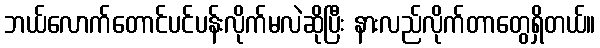
ဘယ်လောက်တောင်ပင်ပန်းလိုက်မလဲဆိုပြီး နားလည်လိုက်တာတွေရှိတယ်။